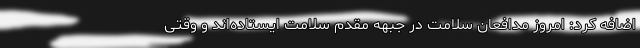
اضافه کرد: امروز مدافعان سلامت در جبهه مقدم سلامت ایستاده‌اند و وقتی